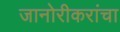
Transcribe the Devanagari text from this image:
जानोरीकरांचा